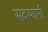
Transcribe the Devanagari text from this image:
सदस्यानी